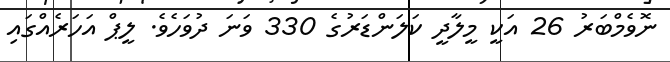
ނޮވެމްބަރު 26 އަކީ މީލާދީ ކަލަންޑަރުގެ 330 ވަނަ ދުވަހެވެ. ލީޕް އަހަރެއްގައި